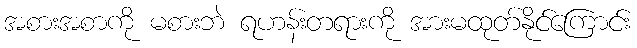
အစားအစာကို မစားဘဲ ရဟန်းတရားကို အားမထုတ်နိုင်ကြောင်း